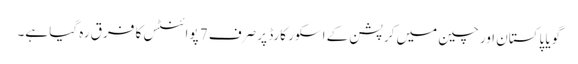
گویا پاکستان اور چین میں کرپشن کے اسکور کارڈ پر صرف 7 پوائنٹس کا فرق رہ گیا ہے۔